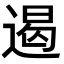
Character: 遏